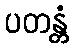
ပတန္တံ